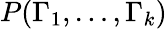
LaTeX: P(\Gamma_{1},\dots,\Gamma_{k})